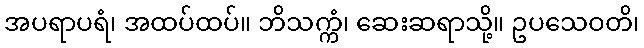
အပရာပရံ၊ အထပ်ထပ်။ ဘိသက္ကံ၊ ဆေးဆရာသို့။ ဥပသေဝတိ၊